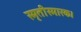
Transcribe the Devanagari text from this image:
स्मृतीस्मारक।